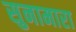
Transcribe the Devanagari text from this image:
सुनामारा